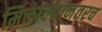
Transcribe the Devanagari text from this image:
मिळाल्यानंतरच